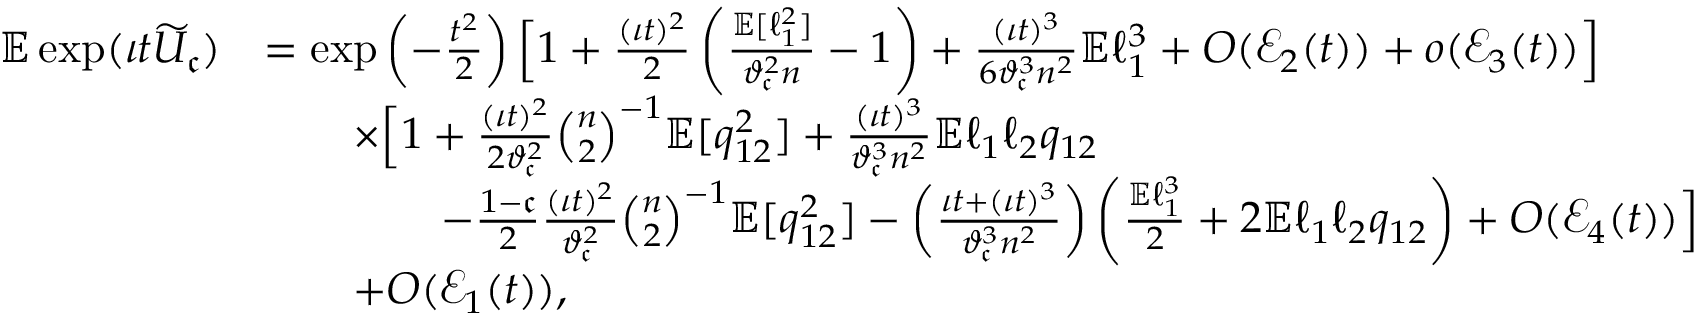
\begin{array} { r l } { \mathbb { E } \exp ( \iota t \widetilde { U } _ { \mathfrak { c } } ) } & { = \exp \left( - \frac { t ^ { 2 } } { 2 } \right) \Big [ 1 + \frac { ( \iota t ) ^ { 2 } } { 2 } \left( \frac { \mathbb { E } [ \ell _ { 1 } ^ { 2 } ] } { \vartheta _ { \mathfrak { c } } ^ { 2 } n } - 1 \right) + \frac { ( \iota t ) ^ { 3 } } { 6 \vartheta _ { \mathfrak { c } } ^ { 3 } n ^ { 2 } } \mathbb { E } \ell _ { 1 } ^ { 3 } + O ( \mathcal { E } _ { 2 } ( t ) ) + o ( \mathcal { E } _ { 3 } ( t ) ) \Big ] } \\ & { \qquad \times \Big [ 1 + \frac { ( \iota t ) ^ { 2 } } { 2 \vartheta _ { \mathfrak { c } } ^ { 2 } } \binom { n } { 2 } ^ { - 1 } \mathbb { E } [ q _ { 1 2 } ^ { 2 } ] + \frac { ( \iota t ) ^ { 3 } } { \vartheta _ { \mathfrak { c } } ^ { 3 } n ^ { 2 } } \mathbb { E } \ell _ { 1 } \ell _ { 2 } q _ { 1 2 } } \\ & { \qquad \qquad - \frac { 1 - \mathfrak { c } } { 2 } \frac { ( \iota t ) ^ { 2 } } { \vartheta _ { \mathfrak { c } } ^ { 2 } } \binom { n } { 2 } ^ { - 1 } \mathbb { E } [ q _ { 1 2 } ^ { 2 } ] - \left( \frac { \iota t + ( \iota t ) ^ { 3 } } { \vartheta _ { \mathfrak { c } } ^ { 3 } n ^ { 2 } } \right) \left( \frac { \mathbb { E } \ell _ { 1 } ^ { 3 } } { 2 } + 2 \mathbb { E } \ell _ { 1 } \ell _ { 2 } q _ { 1 2 } \right) + O ( \mathcal { E } _ { 4 } ( t ) ) \Big ] } \\ & { \qquad + O ( \mathcal { E } _ { 1 } ( t ) ) , } \end{array}